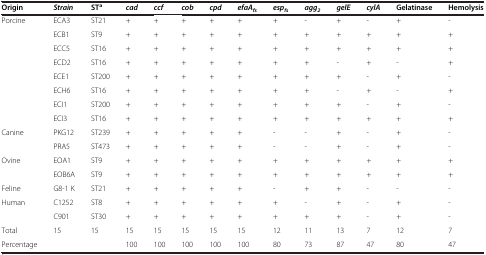
<table><thead><tr><td><b>Origin</b></td><td><b><i>Strain</i></b></td><td><b>ST<sup>a</sup></b></td><td><b><i>cad</i></b></td><td><b><i>ccf</i></b></td><td><b><i>cob</i></b></td><td><b><i>cpd</i></b></td><td><b><i>efaA</i><sub><i>fs</i></sub></b></td><td><b><i>esp</i><sub><i>fs</i></sub></b></td><td><b><i>agg</i><sub><i>2</i></sub></b></td><td><b><i>gelE</i></b></td><td><b><i>cylA</i></b></td><td><b>Gelatinase</b></td><td><b>Hemolysis</b></td></tr></thead><tbody><tr><td>Porcine</td><td>ECA3</td><td>ST21</td><td>+</td><td>+</td><td>+</td><td>+</td><td>+</td><td>+</td><td>-</td><td>+</td><td>-</td><td>+</td><td>-</td></tr><tr><td> </td><td>ECB1</td><td>ST9</td><td>+</td><td>+</td><td>+</td><td>+</td><td>+</td><td>+</td><td>+</td><td>+</td><td>+</td><td>+</td><td>+</td></tr><tr><td> </td><td>ECC5</td><td>ST16</td><td>+</td><td>+</td><td>+</td><td>+</td><td>+</td><td>+</td><td>+</td><td>+</td><td>+</td><td>+</td><td>+</td></tr><tr><td> </td><td>ECD2</td><td>ST16</td><td>+</td><td>+</td><td>+</td><td>+</td><td>+</td><td>+</td><td>+</td><td>-</td><td>+</td><td>-</td><td>+</td></tr><tr><td> </td><td>ECE1</td><td>ST200</td><td>+</td><td>+</td><td>+</td><td>+</td><td>+</td><td>+</td><td>+</td><td>+</td><td>-</td><td>+</td><td>-</td></tr><tr><td> </td><td>ECH6</td><td>ST16</td><td>+</td><td>+</td><td>+</td><td>+</td><td>+</td><td>+</td><td>+</td><td>-</td><td>+</td><td>-</td><td>+</td></tr><tr><td> </td><td>ECI1</td><td>ST200</td><td>+</td><td>+</td><td>+</td><td>+</td><td>+</td><td>+</td><td>+</td><td>+</td><td>-</td><td>+</td><td>-</td></tr><tr><td> </td><td>ECI3</td><td>ST16</td><td>+</td><td>+</td><td>+</td><td>+</td><td>+</td><td>+</td><td>+</td><td>+</td><td>+</td><td>+</td><td>+</td></tr><tr><td>Canine</td><td>PKG12</td><td>ST239</td><td>+</td><td>+</td><td>+</td><td>+</td><td>+</td><td>-</td><td>-</td><td>+</td><td>-</td><td>+</td><td>-</td></tr><tr><td> </td><td>PRA5</td><td>ST473</td><td>+</td><td>+</td><td>+</td><td>+</td><td>+</td><td>-</td><td>-</td><td>+</td><td>-</td><td>+</td><td>-</td></tr><tr><td>Ovine</td><td>EOA1</td><td>ST9</td><td>+</td><td>+</td><td>+</td><td>+</td><td>+</td><td>+</td><td>+</td><td>+</td><td>+</td><td>+</td><td>+</td></tr><tr><td> </td><td>EOB6A</td><td>ST9</td><td>+</td><td>+</td><td>+</td><td>+</td><td>+</td><td>+</td><td>+</td><td>+</td><td>+</td><td>+</td><td>+</td></tr><tr><td>Feline</td><td>G8-1 K</td><td>ST21</td><td>+</td><td>+</td><td>+</td><td>+</td><td>+</td><td>-</td><td>+</td><td>+</td><td>-</td><td>-</td><td>-</td></tr><tr><td>Human</td><td>C1252</td><td>ST8</td><td>+</td><td>+</td><td>+</td><td>+</td><td>+</td><td>+</td><td>-</td><td>+</td><td>-</td><td>+</td><td>-</td></tr><tr><td> </td><td>C901</td><td>ST30</td><td>+</td><td>+</td><td>+</td><td>+</td><td>+</td><td>+</td><td>+</td><td>+</td><td>-</td><td>+</td><td>-</td></tr><tr><td>Total</td><td>15</td><td>15</td><td>15</td><td>15</td><td>15</td><td>15</td><td>15</td><td>12</td><td>11</td><td>13</td><td>7</td><td>12</td><td>7</td></tr><tr><td>Percentage</td><td> </td><td> </td><td>100</td><td>100</td><td>100</td><td>100</td><td>100</td><td>80</td><td>73</td><td>87</td><td>47</td><td>80</td><td>47</td></tr></tbody></table>